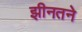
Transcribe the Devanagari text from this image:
झीनतने